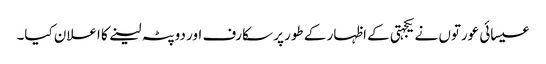
عیسائی عورتوں نے یکجہتی کے اظہار کے طور پر سکارف اور دوپٹہ لینے کا اعلان کیا۔